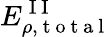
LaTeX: E_{\rho,\mathrm{~t~o~t~a~l~}}^{\mathrm{~I~I~}}